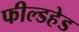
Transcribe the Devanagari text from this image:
फील्डहेड